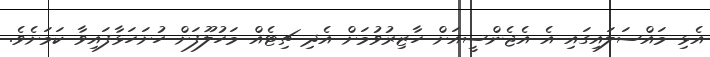
އެޅި މައްސަލައިގައި އެ އެޖެންސީއަށް ހާޒިރުވުމަށް އެދި ޗިޓެއް މަހުލޫފަށް ހުށަހަޅާފައިވާ ކަމަށެވެ.